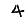
Digit: 4